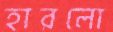
হারলো